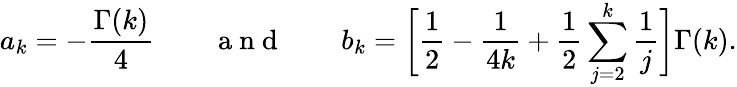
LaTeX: a_{k}=-\frac{\Gamma(k)}{4}\qquad\mathrm{~a~n~d~}\qquad b_{k}=\bigg[\frac{1}{2}-\frac{1}{4k}+\frac{1}{2}\sum_{j=2}^{k}\frac{1}{j}\bigg]\Gamma(k).